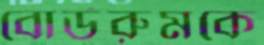
বোর্ডরুমকে